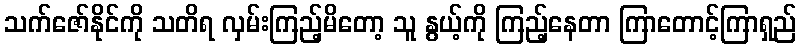
သက်ဇော်နိုင်ကို သတိရ လှမ်းကြည့်မိတော့ သူ နွယ့်ကို ကြည့်နေတာ ကြာတောင့်ကြာရှည်